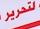
لتحرير